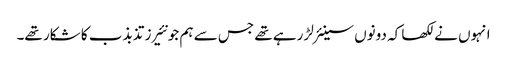
انہوں نے لکھا کہ دونوں سینئر لڑ رہے تھے جس سے ہم جونئیرز تذبذب کا شکار تھے۔